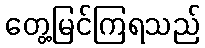
တွေ့မြင်ကြရသည်